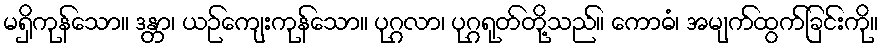
မရှိကုန်သော။ ဒန္တာ၊ ယဉ်ကျေးကုန်သော။ ပုဂ္ဂလာ၊ ပုဂ္ဂရုတ်တို့သည်။ ကောဓံ၊ အမျက်ထွက်ခြင်းကို။